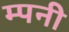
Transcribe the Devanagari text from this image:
म्पनी